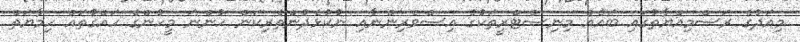
މިއަދުގެ ރަސްމިއްޔާތުގައި ބައެއް މިނިސްޓްރީތަކުގެ އިސްވެރިންނާއި ނުކުޅެދުންތެރިކަން ހުންނަ މީހުންގެ ހައްގުތައް ހިމާޔަތް